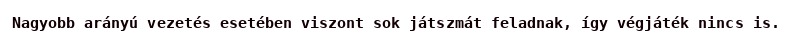
Nagyobb arányú vezetés esetében viszont sok játszmát feladnak, így végjáték nincs is.